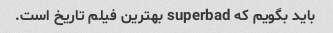
باید بگویم که superbad بهترین فیلم تاریخ است.